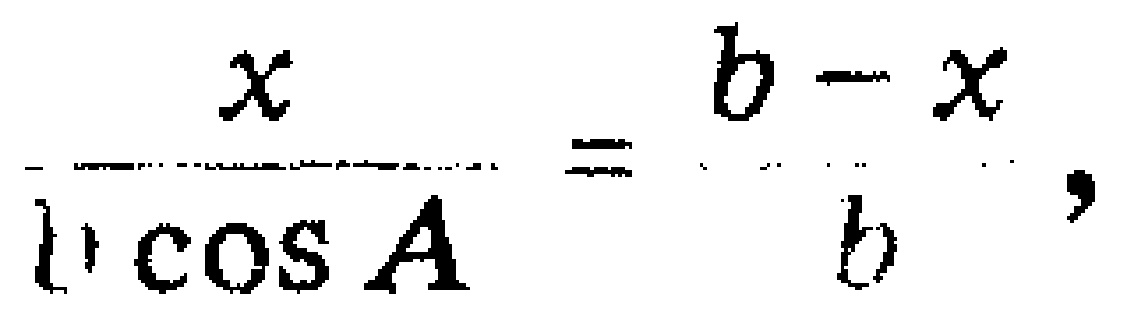
\(\frac{x}{l\cos A}=\frac{b - x}{b},\)